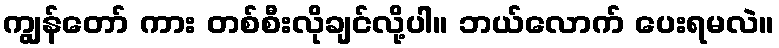
ကျွန်တော် ကား တစ်စီးလိုချင်လို့ပါ။ ဘယ်လောက် ပေးရမလဲ။